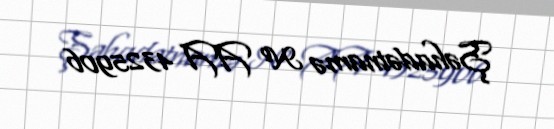
Şəhadətnamə № AA 4325906